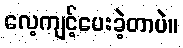
လေ့ကျင့်ပေးခဲ့တာပဲ။